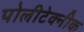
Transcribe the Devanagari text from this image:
पोलीटेक्‍नीक